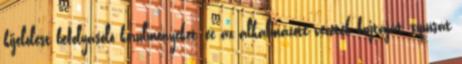
kijelölést befolyásoló körülményeket, ec az alkalmazott vezeték fajtáját, típusát